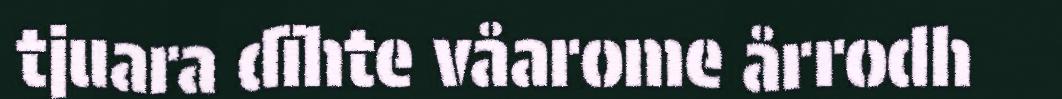
tjuara dïhte våarome årrodh